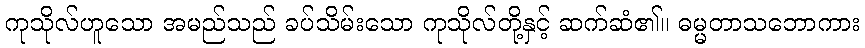
ကုသိုလ်ဟူသော အမည်သည် ခပ်သိမ်းသော ကုသိုလ်တို့နှင့် ဆက်ဆံ၏။ ဓမ္မတာသဘောကား